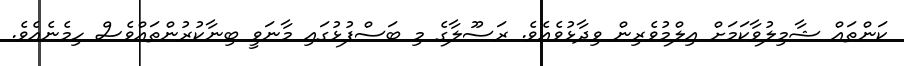
ކަންތައް ޝާމިލުވާކަމަށް އިލްމުވެރިން ވިދާޅުވެއެވެ. ރަސޫލާގެ މި ބަސްފުޅުގައި މާނަވީ ބިނާކުރުންތައްވެސް ހިމެނެއެވެ.